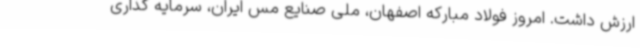
ارزش داشت. امروز فولاد مبارکه اصفهان، ملی صنایع مس ایران، سرمایه گذاری